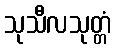
သုသီလသုတ္တံ